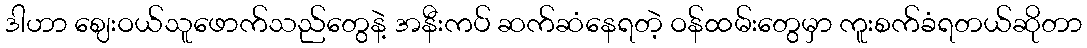
ဒါဟာ ဈေးဝယ်သူဖောက်သည်တွေနဲ့ အနီးကပ် ဆက်ဆံနေရတဲ့ ဝန်ထမ်းတွေမှာ ကူးစက်ခံရတယ်ဆိုတာ